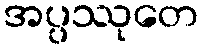
အပ္ပဿုတေ